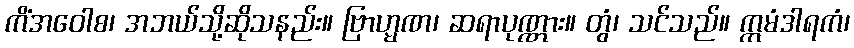
ကိံအဝေါစ၊ အဘယ်သို့ဆိုသနည်း။ ဗြာဟ္မဏ၊ ဆရာပုဏ္ဏား။ တွံ၊ သင်သည်။ ဣမံဒါရကံ၊